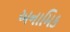
અનામિક